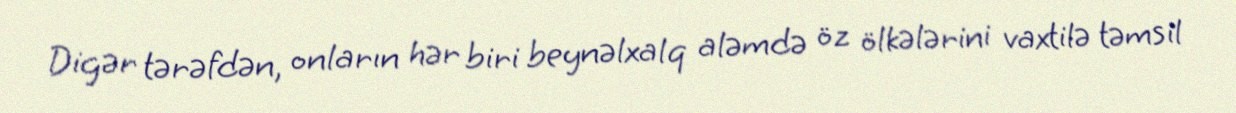
Digər tərəfdən, onların hər biri beynəlxalq aləmdə öz ölkələrini vaxtilə təmsil